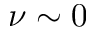
\nu \sim 0